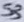
Text: S3